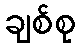
ချစ်စု